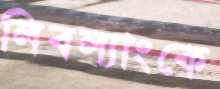
লিবল্যাংকে